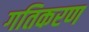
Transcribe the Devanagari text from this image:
गतिकरण